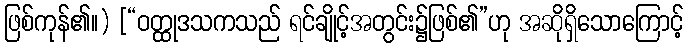
ဖြစ်ကုန်၏။) [“ဝတ္ထုဒသကသည် ရင်ချိုင့်အတွင်း၌ဖြစ်၏”ဟု အဆိုရှိသောကြောင့်